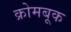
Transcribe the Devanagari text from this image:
क्रोमबूक